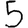
Digit: 5